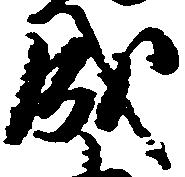
成